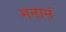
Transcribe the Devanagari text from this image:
मनानं